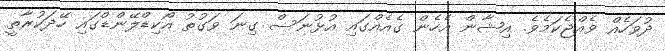
ދުވަހެއް ވެއްޖެކަމެވެ. އިޝާން އެހެން ގެއެއްގައި އުޅުނަސް ގިނަ ވަގުތު އޯކިޑްލޭންޑްގައި ހޭދަކުރާތީ